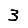
Digit: 3